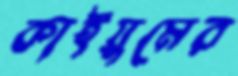
কাইয়ুমের